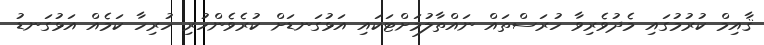
ޤާއިމް ކުރުމުގައި މެދުވެރިވާ ހުރަސްތައް ނައްތާލުމަށްޓަކައި އަޅުގަނޑަށް ކުރެވެންހުރި ހުރިހާ ކަމެއް އަޅުގަނޑު